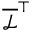
\overline { { \mathcal { L } } } ^ { \top }